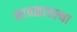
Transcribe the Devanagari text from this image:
मावळातल्या